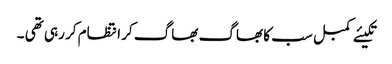
تکیئے کمبل سب کا بھاگ بھاگ کر انتظام کر رہی تھی ۔